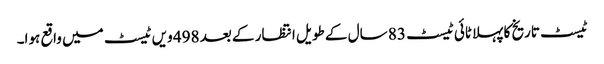
ٹیسٹ تاریخ کا پہلا ٹائی ٹیسٹ 83 سال کے طویل انتظار کے بعد 498 ویں ٹیسٹ میں واقع ہوا۔